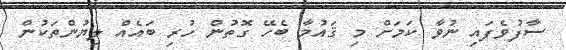
ސާފުވެފައި ނުވާ ކަމަށް މި ޤައުމާ ބެހޭ ގޮތުން ހުރި ބައެއް ލިޔުންތަކުން